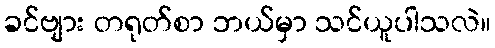
ခင်ဗျား တရုတ်စာ ဘယ်မှာ သင်ယူပါသလဲ။